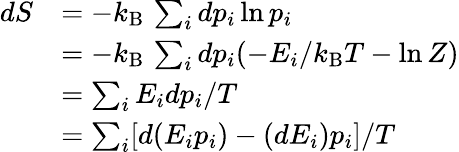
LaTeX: {\begin{array}{rl}{dS}&{=-k_{\mathrm{B}}\, \sum_{i}dp_{i}\ln p_{i}}\\ &{=-k_{\mathrm{B}}\, \sum_{i}dp_{i}(-E_{i}/k_{\mathrm{B}}T-\ln Z)}\\ &{=\sum_{i}E_{i}dp_{i}/T}\\ &{=\sum_{i}[d(E_{i}p_{i})-(dE_{i})p_{i}]/T}\end{array}}